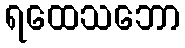
ရထေသဘော